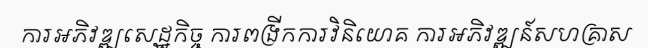
ការអភិវឌ្ឍសេដ្ឋកិច្ច ការពង្រីកការវិនិយោគ ការអភិវឌ្ឍន៍សហគ្រាស